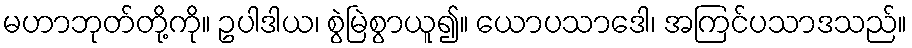
မဟာဘုတ်တို့ကို။ ဥပါဒါယ၊ စွဲမြဲစွာယူ၍။ ယောပသာဒေါ၊ အကြင်ပသာဒသည်။